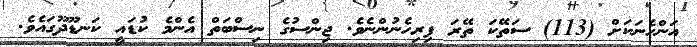
އަންހެނަކަށް (113) ސަތޭކަ ތޭރަ ފިރިހެނުންނެވެ. ޖިންސުގެ ނިސްބަތް އެންމެ ކުޑައީ ކަނޑޫދޫގައެވެ.